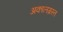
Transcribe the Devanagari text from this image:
अकालग्रस्त